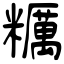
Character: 糲